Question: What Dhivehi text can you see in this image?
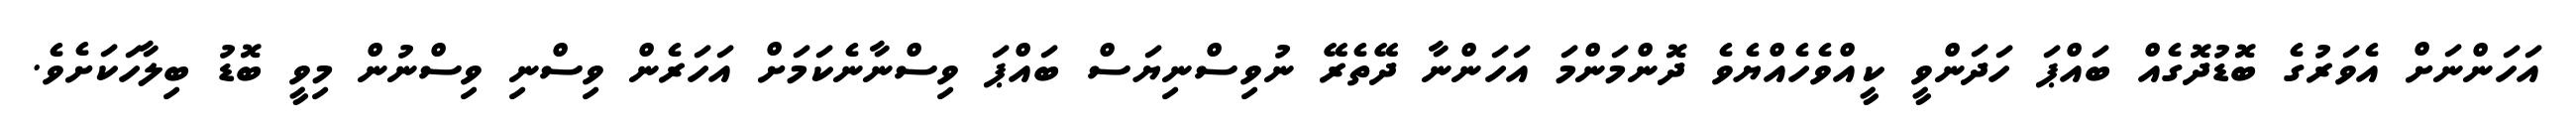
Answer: އަހަންނަށް އެވަރުގެ ބޮޑުދޮގެއް ބައްޕަ ހަދަންވީ ކީއްވެހެއްޔެވެ ދޮންމަންމަ އަހަންނާ ދޭތެރޭ ނުވިސްނިޔަސް ބައްޕަ ވިސްނާނެކަމަށް އަހަރެން ވިސްނި ވިސްނުން މިވީ ބޮޑު ބިލާހަކަށެވެ.